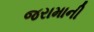
જરામાની